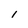
Character: i